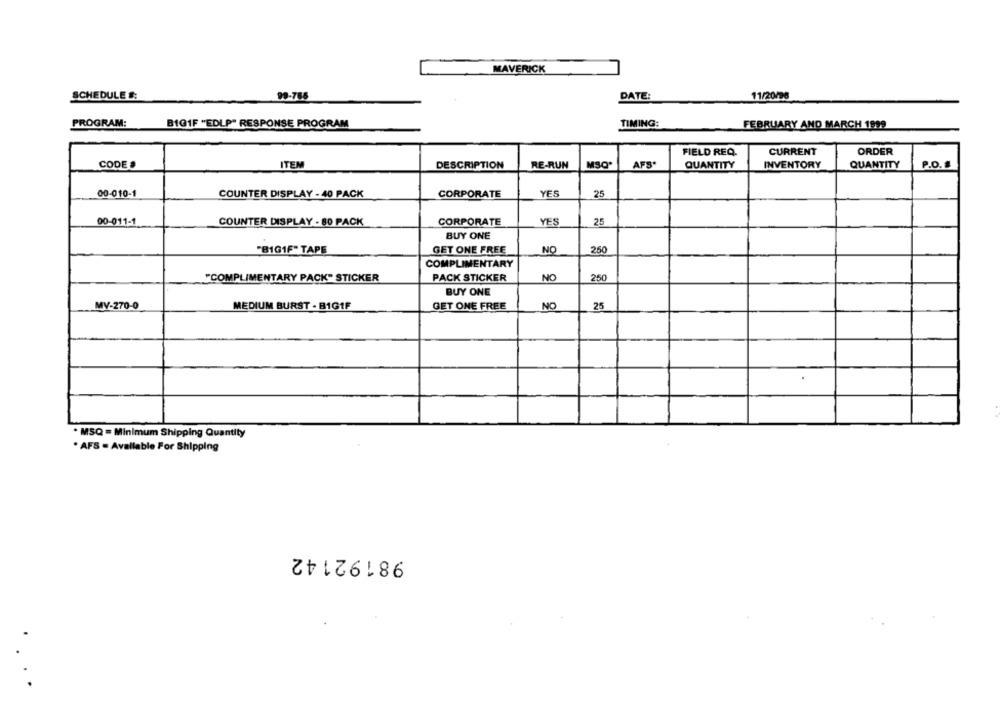
MAVERICK
SCHEDULE :
99-786
DATE:
11/20/96
PROGRAM:
BIGIF "EDLP" RESPONSE PROGRAM
TIMING:
FEBRUARY AND MARCH 1999
FIELD REQ.
CURRENT
ORDER
CODE S
ITEM
DESCRIPTION
RE-RUN
MSQ
AFS.
QUANTITY
INVENTORY
QUANTITY
P.O.
00-010-1
COUNTER DISPLAY - 40 PACK
CORPORATE
YES
25
00-011-1
COUNTER DISPLAY - 80 PACK
CORPORATE
YES
25
BUY ONE
"81GIF" TAPE
GET ONE FREE
NO
250
COMPLIMENTARY
"COMPLIMENTARY PACK" STICKER
PACK STICKER
NO
250
BUY ONE
MY-270-0
MEDIUM BURST - B1GIF
GET ONE FREE
NO
25
. MSQ = Minimum Shipping Quantity
* AFS = Available For Shipping
98192142